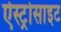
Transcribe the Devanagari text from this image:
ऐस्ट्रोसाइट